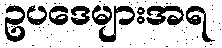
ဥပဒေများအရ